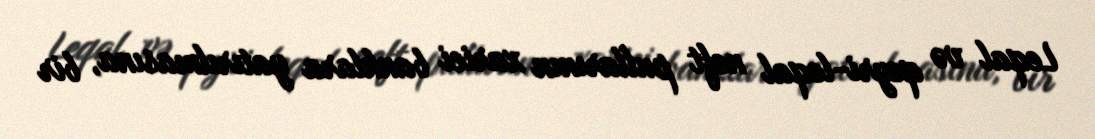
Leqal və qeyri-leqal neft pullarının xarici banklara yatırılmasına, bir